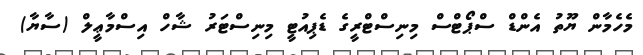
މެހެމާން ޔޫތު އެންޑް ސްޕޯޓްސް މިނިސްޓްރީގެ ޑެޕިއުޓީ މިނިސްޓަރު ޝާހް އިސްމާޢީލް (ސާޔާ)